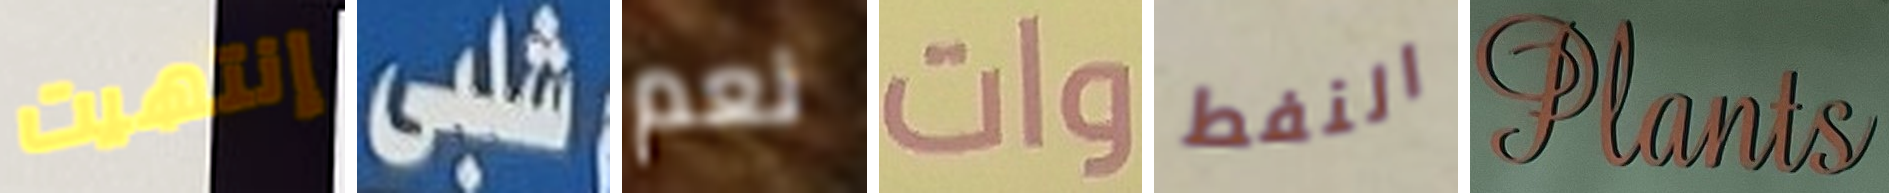
إنتهيت شلبى نعم وات النفط Plants